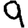
Digit: 9